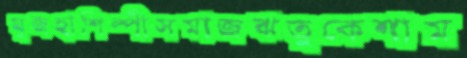
মুজহাশিল্পীসমাজঋতুকেশাম